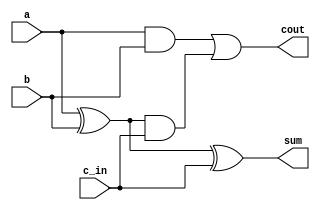
`timescale 1ns/1ps

module adder1x1 (
    input a, 
    input b,
    input c_in,
    output sum,
    output cout
);
//Basic 1 bit full adder
    wire x1,x2,x3;
    xor inst1(x1,a,b);
    xor inst2(sum,x1,c_in);
    and inst3(x2,a,b);
    and inst4(x3,x1,c_in);
    or inst5(cout,x2,x3);
endmodule